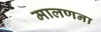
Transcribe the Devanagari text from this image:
मालणना